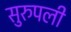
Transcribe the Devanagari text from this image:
सुरुपली